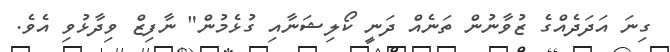
ގިނަ އަދަދެއްގެ ޒުވާނުން ތަނެއް ދަނީ ކޯލިޝަނާއި ގުޅެމުން" ނާފިޒް ވިދާޅުވި އެވެ.